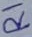
Text: R1